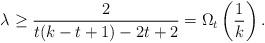
LaTeX: \begin{align*} \lambda \geq \frac{2}{t(k-t+1)-2t+2} = \Omega_t\left(\frac{1}{k}\right).\end{align*}